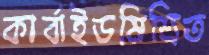
কার্বাইডমিশ্রিত